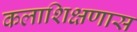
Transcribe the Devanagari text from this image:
कलाशिक्षणास